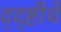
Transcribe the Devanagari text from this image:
द्द्ष्टीचे